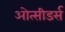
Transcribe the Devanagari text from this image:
ओत्सीडर्स